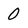
Character: 0